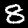
Label: 8